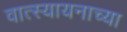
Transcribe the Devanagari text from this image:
वात्स्यायनाच्या